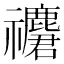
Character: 𥜮